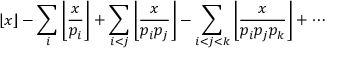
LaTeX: \lfloor x \rfloor - \sum _ { i } \left\lfloor { \frac { x } { p _ { i } } } \right\rfloor + \sum _ { i < j } \left\lfloor { \frac { x } { p _ { i } p _ { j } } } \right\rfloor - \sum _ { i < j < k } \left\lfloor { \frac { x } { p _ { i } p _ { j } p _ { k } } } \right\rfloor + \cdots